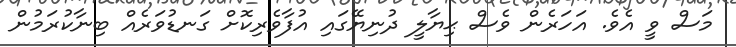
މަސް ވީ އެވެ. އަހަރެން ވެސް ޙިޔާލީ ދުނިޔޭގައި އުފާވެރިކޮށް ގަނޑުވަރެއް ބިނާކުރަމުން